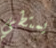
يمتطي